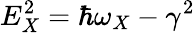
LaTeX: E_{X}^{2}=\hbar\omega_{X}-\gamma^{2}